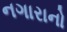
નગારાનો